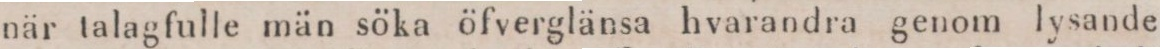
när talagfulle män söka öfverglänsa hvarandra genom lysande